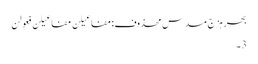
بحرِ ہزج مسدس محذوف:مفاعیلن مفاعیلن فعولن
3۔